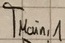
Text: TMain,1